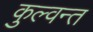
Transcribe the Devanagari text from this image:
कुल्वन्त